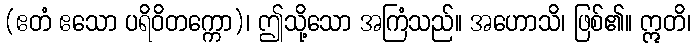
(ဧတံ ဧသော ပရိဝိတက္ကော)၊ ဤသို့သော အကြံသည်။ အဟောသိ၊ ဖြစ်၏။ ဣတိ၊